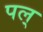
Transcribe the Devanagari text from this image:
पल्